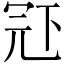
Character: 𠖈